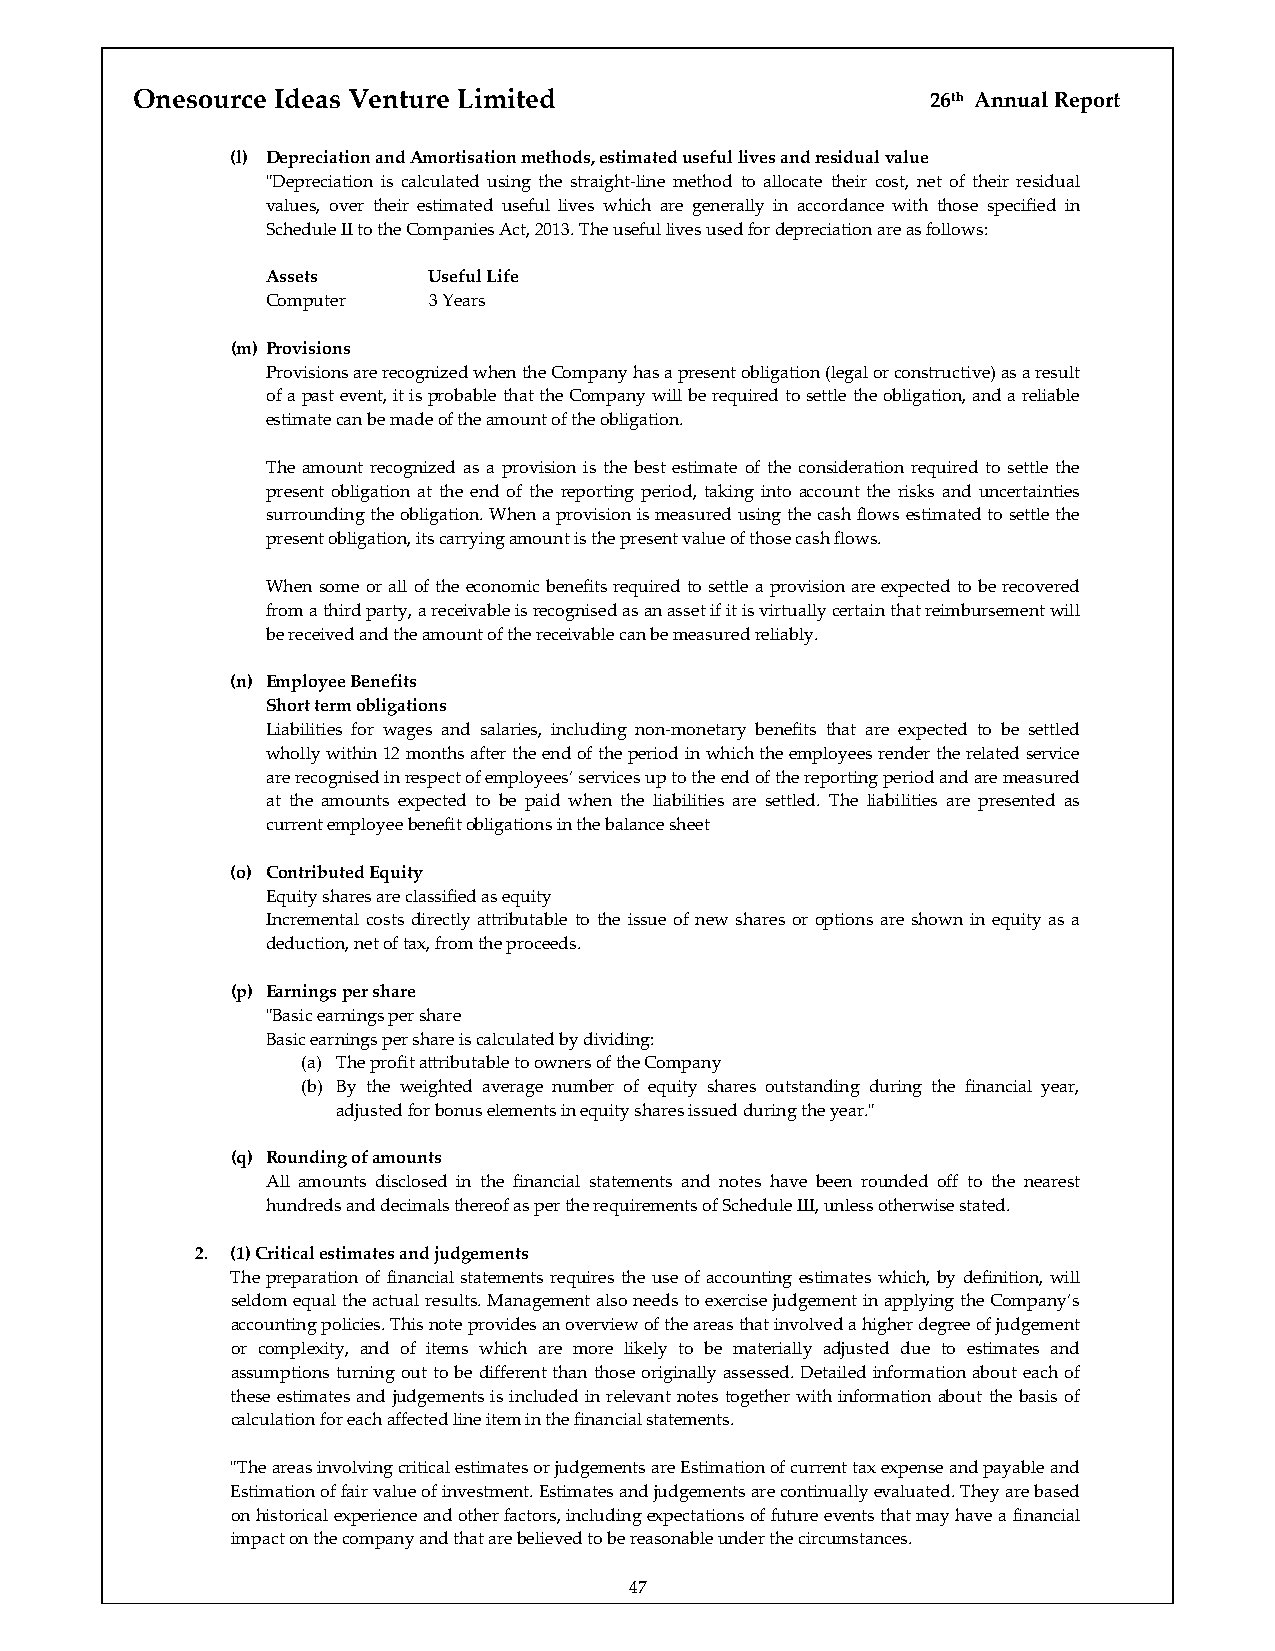
Onesource Ideas Venture Limited                      26th Annual Report
 (l) Depreciation and Amortisation methods, estimated useful lives and residual value
 ʺDepreciation is calculated using the straight‐line method to allocate their cost, net of their residual
 values, over their estimated useful lives which are generally in accordance with those specified in
 Schedule II to the Companies Act, 2013. The useful lives used for depreciation are as follows:
 Assets    Useful Life
 Computer  3 Years
 (m) Provisions
 Provisions are recognized when the Company has a present obligation (legal or constructive) as a result
 of a past event, it is probable that the Company will be required to settle the obligation, and a reliable
 estimate can be made of the amount of the obligation.
 The amount recognized as a provision is the best estimate of the consideration required to settle the
 present obligation at the end of the reporting period, taking into account the risks and uncertainties
 surrounding the obligation. When a provision is measured using the cash flows estimated to settle the
 present obligation, its carrying amount is the present value of those cash flows.
 When some or all of the economic benefits required to settle a provision are expected to be recovered
 from a third party, a receivable is recognised as an asset if it is virtually certain that reimbursement will
 be received and the amount of the receivable can be measured reliably.
 (n) Employee Benefits
 Short term obligations
 Liabilities for wages and salaries, including non‐monetary benefits that are expected to be settled
 wholly within 12 months after the end of the period in which the employees render the related service
 are recognised in respect of employees’ services up to the end of the reporting period and are measured
 at the amounts expected to be paid when the liabilities are settled. The liabilities are presented as
 current employee benefit obligations in the balance sheet
 (o) Contributed Equity
 Equity shares are classified as equity
 Incremental costs directly attributable to the issue of new shares or options are shown in equity as a
 deduction, net of tax, from the proceeds.
 (p) Earnings per share
 ʺBasic earnings per share
 Basic earnings per share is calculated by dividing:
 (a) The profit attributable to owners of the Company
 (b) By the weighted average number of equity shares outstanding during the financial year,
 adjusted for bonus elements in equity shares issued during the year.ʺ
 (q) Rounding of amounts
 All amounts disclosed in the financial statements and notes have been rounded off to the nearest
 hundreds and decimals thereof as per the requirements of Schedule III, unless otherwise stated.
 2. (1) Critical estimates and judgements
 The preparation of financial statements requires the use of accounting estimates which, by definition, will
 seldom equal the actual results. Management also needs to exercise judgement in applying the Company’s
 accounting policies. This note provides an overview of the areas that involved a higher degree of judgement
 or complexity, and of items which are more likely to be materially adjusted due to estimates and
 assumptions turning out to be different than those originally assessed. Detailed information about each of
 these estimates and judgements is included in relevant notes together with information about the basis of
 calculation for each affected line item in the financial statements.
 ʺThe areas involving critical estimates or judgements are Estimation of current tax expense and payable and
 Estimation of fair value of investment. Estimates and judgements are continually evaluated. They are based
 on historical experience and other factors, including expectations of future events that may have a financial
 impact on the company and that are believed to be reasonable under the circumstances.
 47